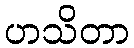
ဟသိတာ